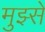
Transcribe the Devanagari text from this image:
मुझ्से